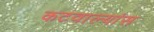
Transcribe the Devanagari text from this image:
कटवाल्यांस